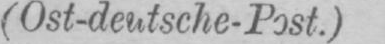
(Ost-deutsche-Post.)